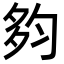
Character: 𡖒